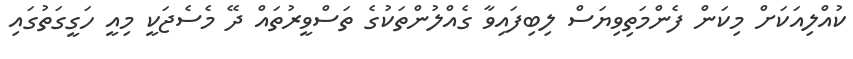
ކުއްލިއަކަށް މިކަން ފެންމަތިވިޔަސް ލިބިފައިވާ ގެއްލުންތަކުގެ ތަސްވީރުތައް ދޭ މެސެޖަކީ މިއީ ހަގީގަތުގައި